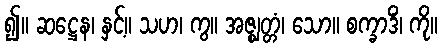
၍။ ဆဋ္ဌေန၊ နှင့်။ သဟ၊ ကွ။ အဇ္ဈတ္တံ၊ သော။ စက္ခာဒိံ၊ ကို။